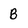
Character: B